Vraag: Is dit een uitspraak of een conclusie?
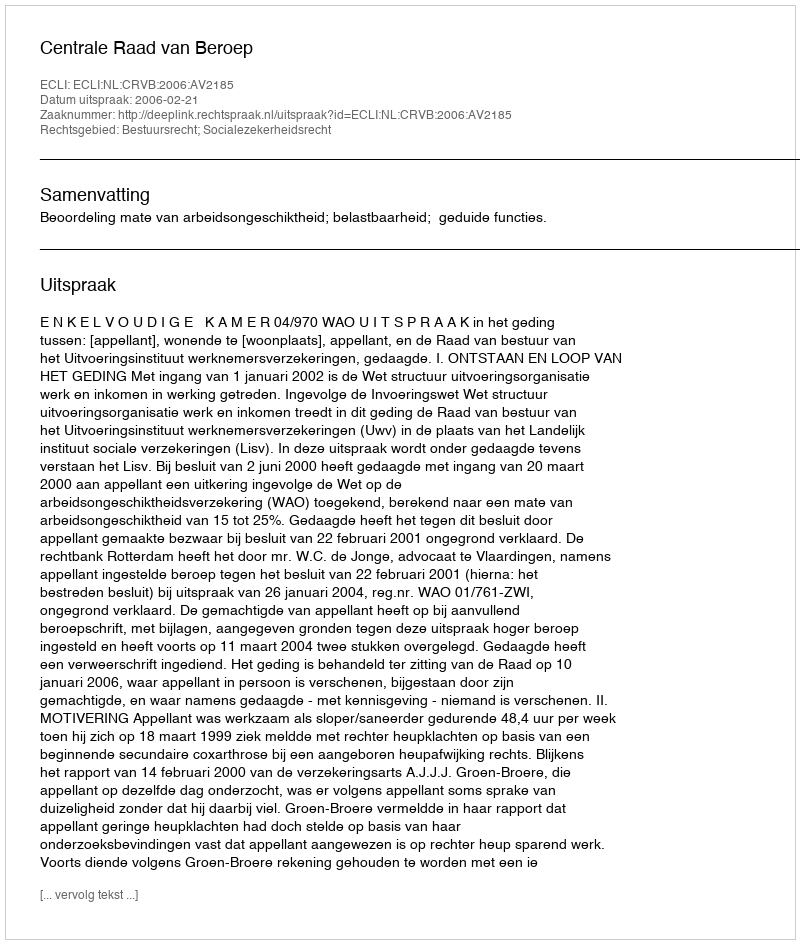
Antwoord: Uitspraak